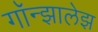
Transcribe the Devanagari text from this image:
गॉन्झालेझ